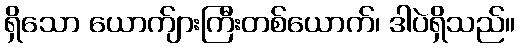
ရှိသော ယောက်ျားကြီးတစ်ယောက်၊ ဒါပဲရှိသည်။